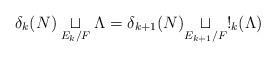
LaTeX: \begin{align*} \delta_k(N) \underset{E_k / F}{\sqcup} \Lambda = \delta_{k+1}(N)\underset{E_{k+1} / F}{\sqcup} !_k(\Lambda)\end{align*}